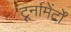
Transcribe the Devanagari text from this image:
टूर्नामेंर्टों